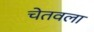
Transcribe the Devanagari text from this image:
चेतवला